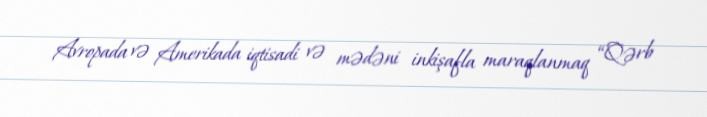
Avropada və Amerikada iqtisadi və mədəni inkişafla maraqlanmaq “Qərb